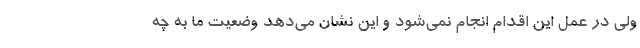
ولی در عمل این اقدام انجام نمی‌شود و این نشان می‌دهد وضعیت ما به چه